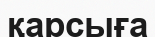
қарсыға